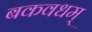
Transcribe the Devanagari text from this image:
बकवधम्